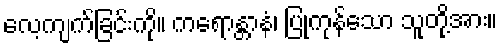
လေ့ကျက်ခြင်းကို။ ကရောန္တာနံ၊ ပြုကုန်သော သူတို့အား။